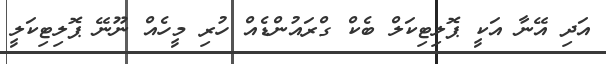
އަދި އޭނާ އަކީ ޕޮލިޓިކަލް ބެކް ގްރައުންޑެއް ހުރި މީހެއް ނޫނޭ ޕޮލިޓިކަލީ